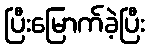
ပြီးမြောက်ခဲ့ပြီး